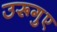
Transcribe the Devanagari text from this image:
उरूगुए